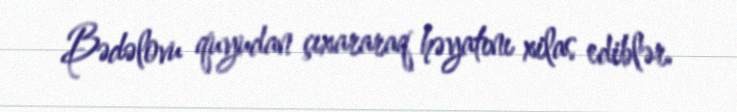
Bədəlovu quyudan çıxararaq həyatını xilas ediblər.